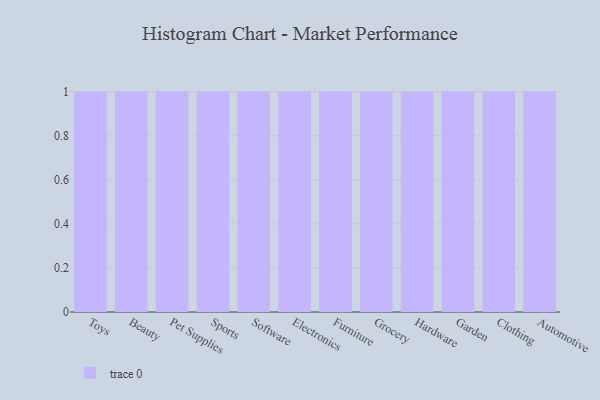
{"axis": {"x": "Category", "y": "Operating Costs (USD K)"}, "legend": [""], "data": [{"x": "Toys", "y": 45, "type": ""}, {"x": "Beauty", "y": 28, "type": ""}, {"x": "Pet Supplies", "y": 23, "type": ""}, {"x": "Sports", "y": 40, "type": ""}, {"x": "Software", "y": 11, "type": ""}, {"x": "Electronics", "y": 56, "type": ""}, {"x": "Furniture", "y": 88, "type": ""}, {"x": "Grocery", "y": 29, "type": ""}, {"x": "Hardware", "y": 32, "type": ""}, {"x": "Garden", "y": 40, "type": ""}, {"x": "Clothing", "y": 57, "type": ""}, {"x": "Automotive", "y": 54, "type": ""}]}